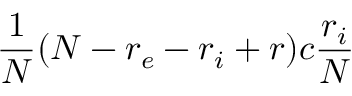
\frac { 1 } { N } ( N - r _ { e } - r _ { i } + r ) c \frac { r _ { i } } { N }